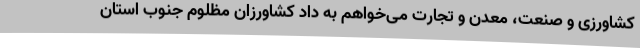
کشاورزی و صنعت، معدن و تجارت می‌خواهم به داد کشاورزان مظلوم جنوب استان